Document type: Sale
Year: 1435
Scribe: Pere Soler
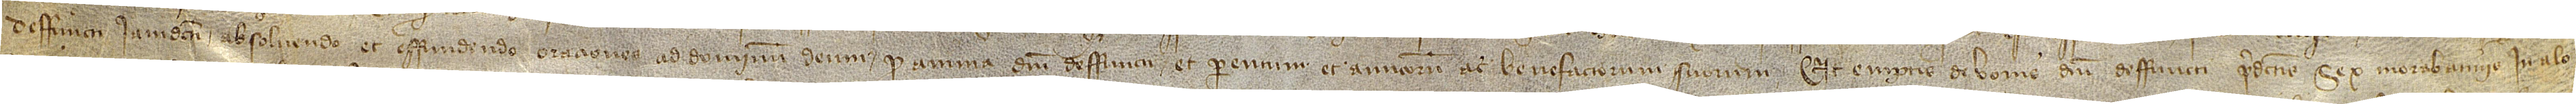
deffuncti iamdicti, absolvendo et effundendo oraciones ad Dominum Deum pro anima dicti deffuncti et parentum et amicorum ac benefactorum suorum. Et emptis de bonis dicti deffuncti predictis sex morabatinis in alo-